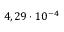
4 , 2 9 \cdot 1 0 ^ { - 4 }